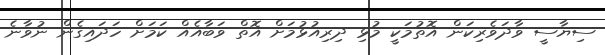
ސިޔާސީ ވާދަވެރިކަން އޮތުމަކީ މުޅި ދިރިއުޅުމަށް އޮތް ވަބާއެއް ކަމަށް ހަދައިގެން ނުވާނެ